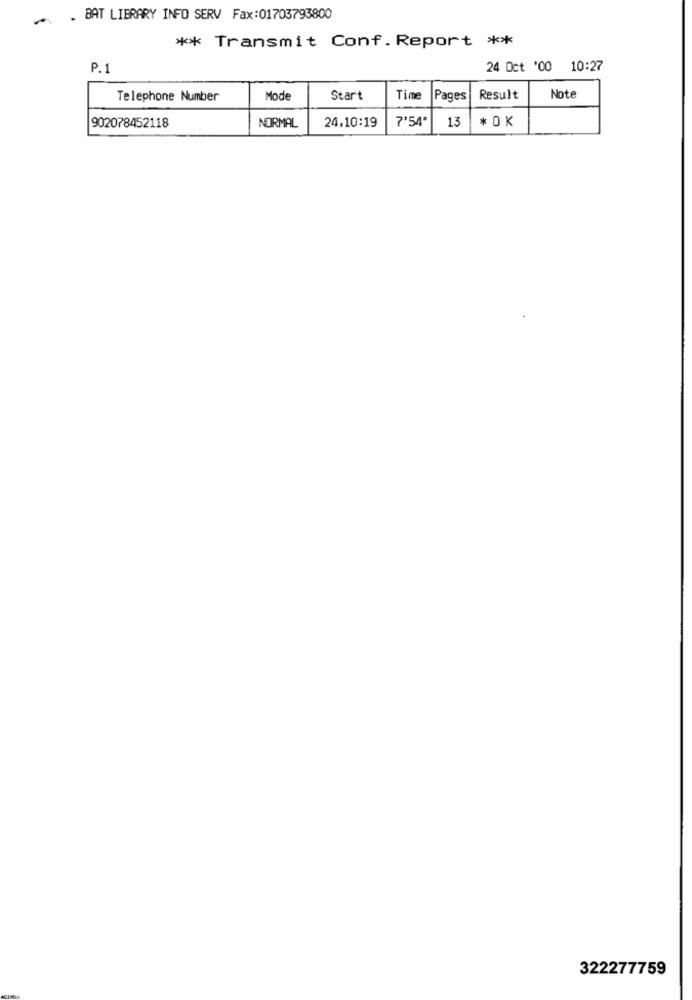
BAT LIBRARY INFO SERV Fax:01703793800
** Transmit Conf.Report **
P.1
24 Oct '00 10:27
Telephone Number
Mode
Start
Time
Pages
Result
Note
902078452118
24,10:19
13
* OK
NORMAL
7'54ª
322277759